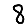
Digit: 8